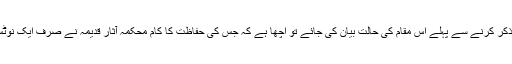
فرضی قصے اور کہانیوں کا ذکر کرنے سے پہلے اس مقام کی حالت بیان کی جائے تو اچھا ہے کہ جس کی حفاظت کا کام محکمہ آثارِ قدیمہ نے صرف ایک نوٹس بورڈ کے حوالے کردیا ہے۔